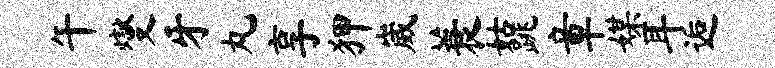
午燮牙丸享狎崴蓑姑跳章媒耳逅